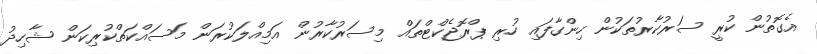
އެގޮތުން ކުރީ ސަރުކާރުތަކުން ހިންގާފައި ހުރި ޕްރޮޖެކްޓްތައް މިސަރުކާރުން އަމިއްލަކުރަން މަސައްކަތްކުރިކަން ޝާހިދު